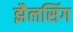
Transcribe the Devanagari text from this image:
झैलसिंग